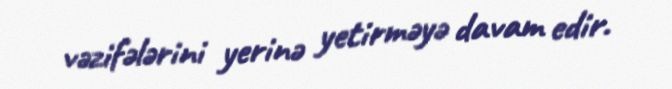
vəzifələrini yerinə yetirməyə davam edir.